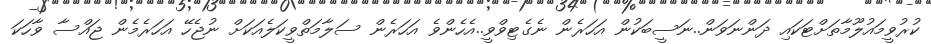
ކުރުވީމައުލޫމާތަށްޓަކައި ދަންނަވަން..ނަސީބަކުން އަހަރެން ނެގެޓިވްވީ..އެހެންވެ އަހަރެން ސަލާމަތްވީކަލެއަކަށް ނުޖެހޭ އަހަރެމެން ޖައްސާ ވާހަކަ